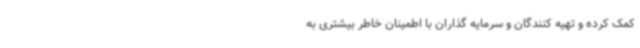
کمک کرده و تهیه کنندگان و سرمایه گذاران با اطمینان خاطر بیشتری به